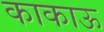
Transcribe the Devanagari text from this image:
काकाऊ